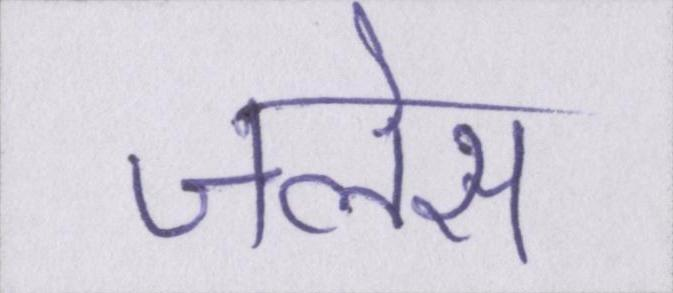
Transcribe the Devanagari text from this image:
जलेस